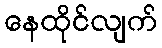
နေထိုင်လျက်